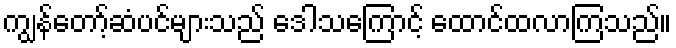
ကျွန်တော့်ဆံပင်များသည် ဒေါသကြောင့် ထောင်ထလာကြသည်။